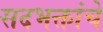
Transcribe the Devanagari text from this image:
सदभक्तांचे